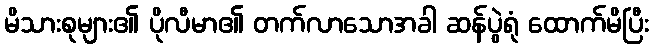
မိသားစုများ၏ ပိုလီမာ၏ တက်လာသောအခါ ဆန်ပွဲရုံ ထောက်မိပြီး